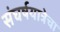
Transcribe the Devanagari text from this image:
संघर्षयात्रेचा